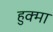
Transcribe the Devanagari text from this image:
हुक्मा